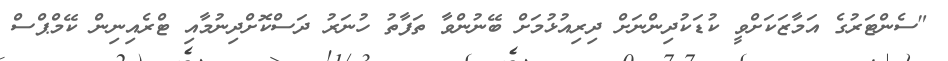
"ސެންޓަރުގެ އަމާޒަކަށްވީ ކުޑަކުދިންނަށް ދިރިއުޅުމަށް ބޭނުންވާ ތަފާތު ހުނަރު ދަސްކޮށްދިނުމާއި ޓްރެއިނިން ކޭމްޕްސް